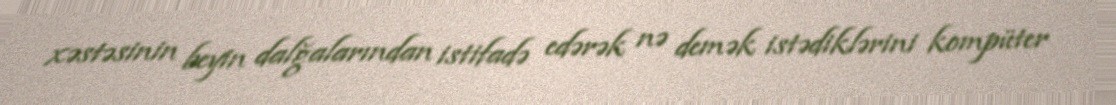
xəstəsinin beyin dalğalarından istifadə edərək nə demək istədiklərini kompüter